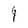
Character: 4